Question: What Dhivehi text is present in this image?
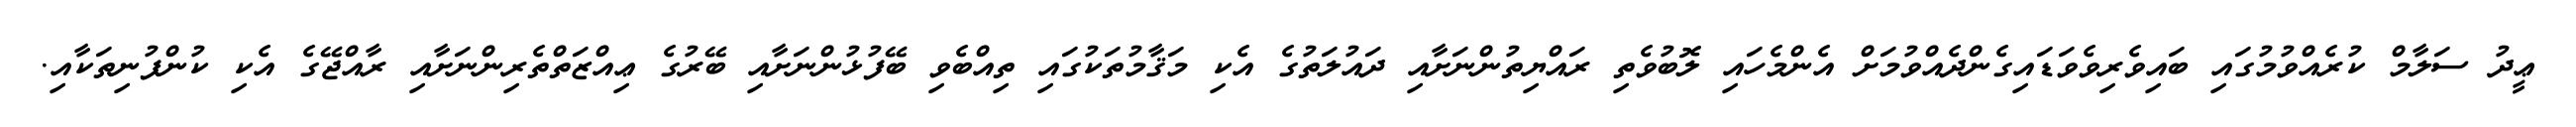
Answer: ޢީދު ސަލާމް ކުރެއްވުމުގައި ބައިވެރިވެވަޑައިގެންދެއްވުމަށް އެންމެހައި ލޮބުވެތި ރައްޔިތުންނަށާއި ދައުލަތުގެ އެކި މަޤާމުތަކުގައި ތިއްބެވި ބޭފުޅުންނަށާއި ބޭރުގެ ޢިއްޒަތްތެރިންނަށާއި ރާއްޖޭގެ އެކި ކުންފުނިތަކާއި.